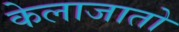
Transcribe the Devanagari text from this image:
केलाजातो